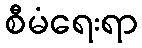
စီမံရေးရာ